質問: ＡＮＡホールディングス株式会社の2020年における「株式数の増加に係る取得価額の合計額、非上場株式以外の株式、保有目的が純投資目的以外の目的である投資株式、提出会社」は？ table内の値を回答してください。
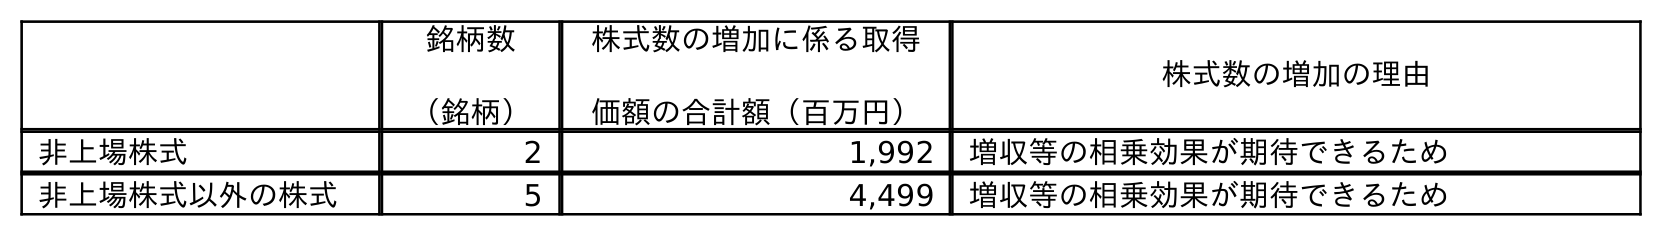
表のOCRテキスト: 銘柄数 （銘柄） 株式数の増加に係る取得 価額の合計額（百万円） 株式数の増加の理由 非上場株式 2 1,992 増収等の相乗効果が期待できるため 非上場株式以外の株式 5 4,499 増収等の相乗効果が期待できるため
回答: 4,499